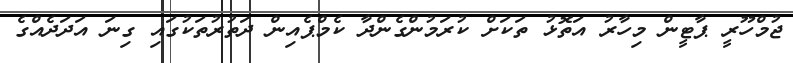
ޖުމްހޫރީ ޕާޓީން މިހާރު އަތޮޅު ތަކަށް ކުރަމުންގެންދާ ކެމްޕެއިން ދަތުރުތަކުގައި ގިނަ އަދަދެއްގެ